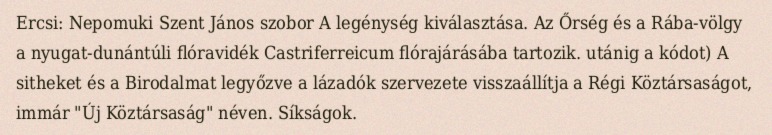
Ercsi: Nepomuki Szent János szobor A legénység kiválasztása. Az Őrség és a Rába-völgy a nyugat-dunántúli flóravidék Castriferreicum flórajárásába tartozik. utánig a kódot) A sitheket és a Birodalmat legyőzve a lázadók szervezete visszaállítja a Régi Köztársaságot, immár "Új Köztársaság" néven. Síkságok.